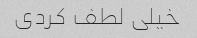
خیلی لطف کردی